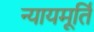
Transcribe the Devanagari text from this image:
न्‍यायमूर्ति